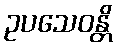
ဥပသေဝန္တိ